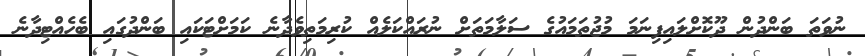
ނުވަތަ ބަންދުން ދޫކޮށްލައިފިނަމަ މުޖުތަމައުގެ ސަލާމަތަށް ނުރައްކަލެއް ކުރިމަތިވެދާނެ ކަމަށްޓަކައި ބަންދުގައި ބެހެއްޓިދާނެ